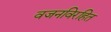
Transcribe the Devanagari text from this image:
वजनविरहित